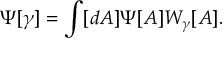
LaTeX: \Psi [ \gamma ] = \int [ d A ] \Psi [ A ] W _ { \gamma } [ A ] .